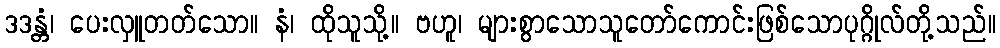
ဒဒန္တံ၊ ပေးလှူတတ်သော။ နံ၊ ထိုသူသို့။ ဗဟူ၊ များစွာသောသူတော်ကောင်းဖြစ်သောပုဂ္ဂိုလ်တို့သည်။